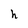
Character: h